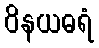
ဝိနယဓရံ